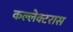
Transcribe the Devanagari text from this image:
कल्लेक्टरास